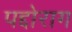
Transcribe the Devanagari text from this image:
पद्दोराग